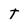
Character: t